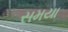
સમયા